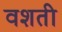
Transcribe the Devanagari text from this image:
वशती